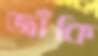
জাঁকি